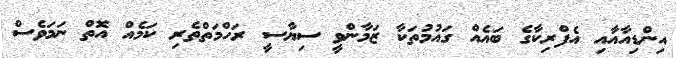
އިންޑިއާއާއި އެފްރިކާގެ ބައެއް ގައުމުތަކާ ޒަމާންވީ ސިޔާސީ ރަހްމަތްތެރި ކަމެއް އޮތް ނަމަވެސް